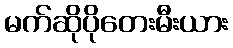
မက်ဆိုပိုတေးမီးယား